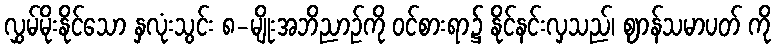
လွှမ်မိုးနိုင်သော နှလုံးသွင်း ၈-မျိုးအဘိညာဉ်ကို ဝင်စားရာ၌ နိုင်နင်းလှသည်၊ ဈာန်သမာပတ် ကို